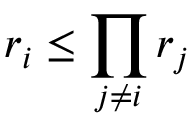
r _ { i } \le \prod _ { j \neq i } r _ { j }